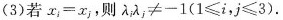
(3)若$$x _ { i } = x _ { j }$$，则 $$λ _ { i } λ _ { j } ≠ -1 ( 1 ≤ i，j ≤ 3 )$$.